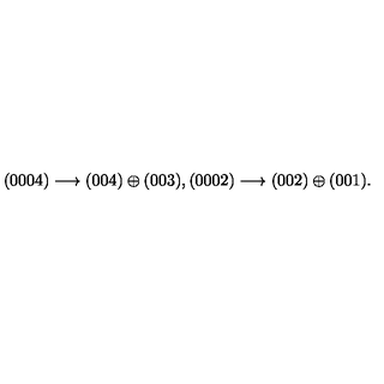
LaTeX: ( 0 0 0 4 ) \longrightarrow ( 0 0 4 ) \oplus ( 0 0 3 ) , ( 0 0 0 2 ) \longrightarrow ( 0 0 2 ) \oplus ( 0 0 1 ) .